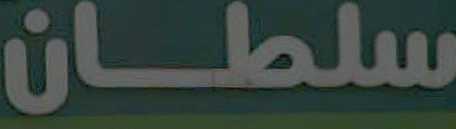
سلطان